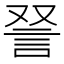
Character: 𫌵